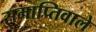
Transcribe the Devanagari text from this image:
समाप्तिवाले